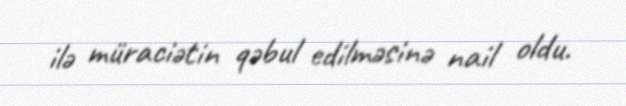
ilə müraciətin qəbul edilməsinə nail oldu.